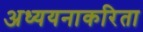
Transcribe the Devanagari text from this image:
अध्ययनाकरिता